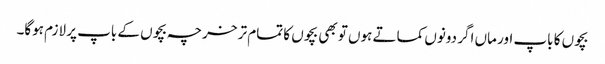
بچوں کا باپ اور ماں اگر دونوں کماتے ہوں تو بھی بچوں کا تمام تر خرچہ بچوں کے باپ پر لازم ہوگا۔